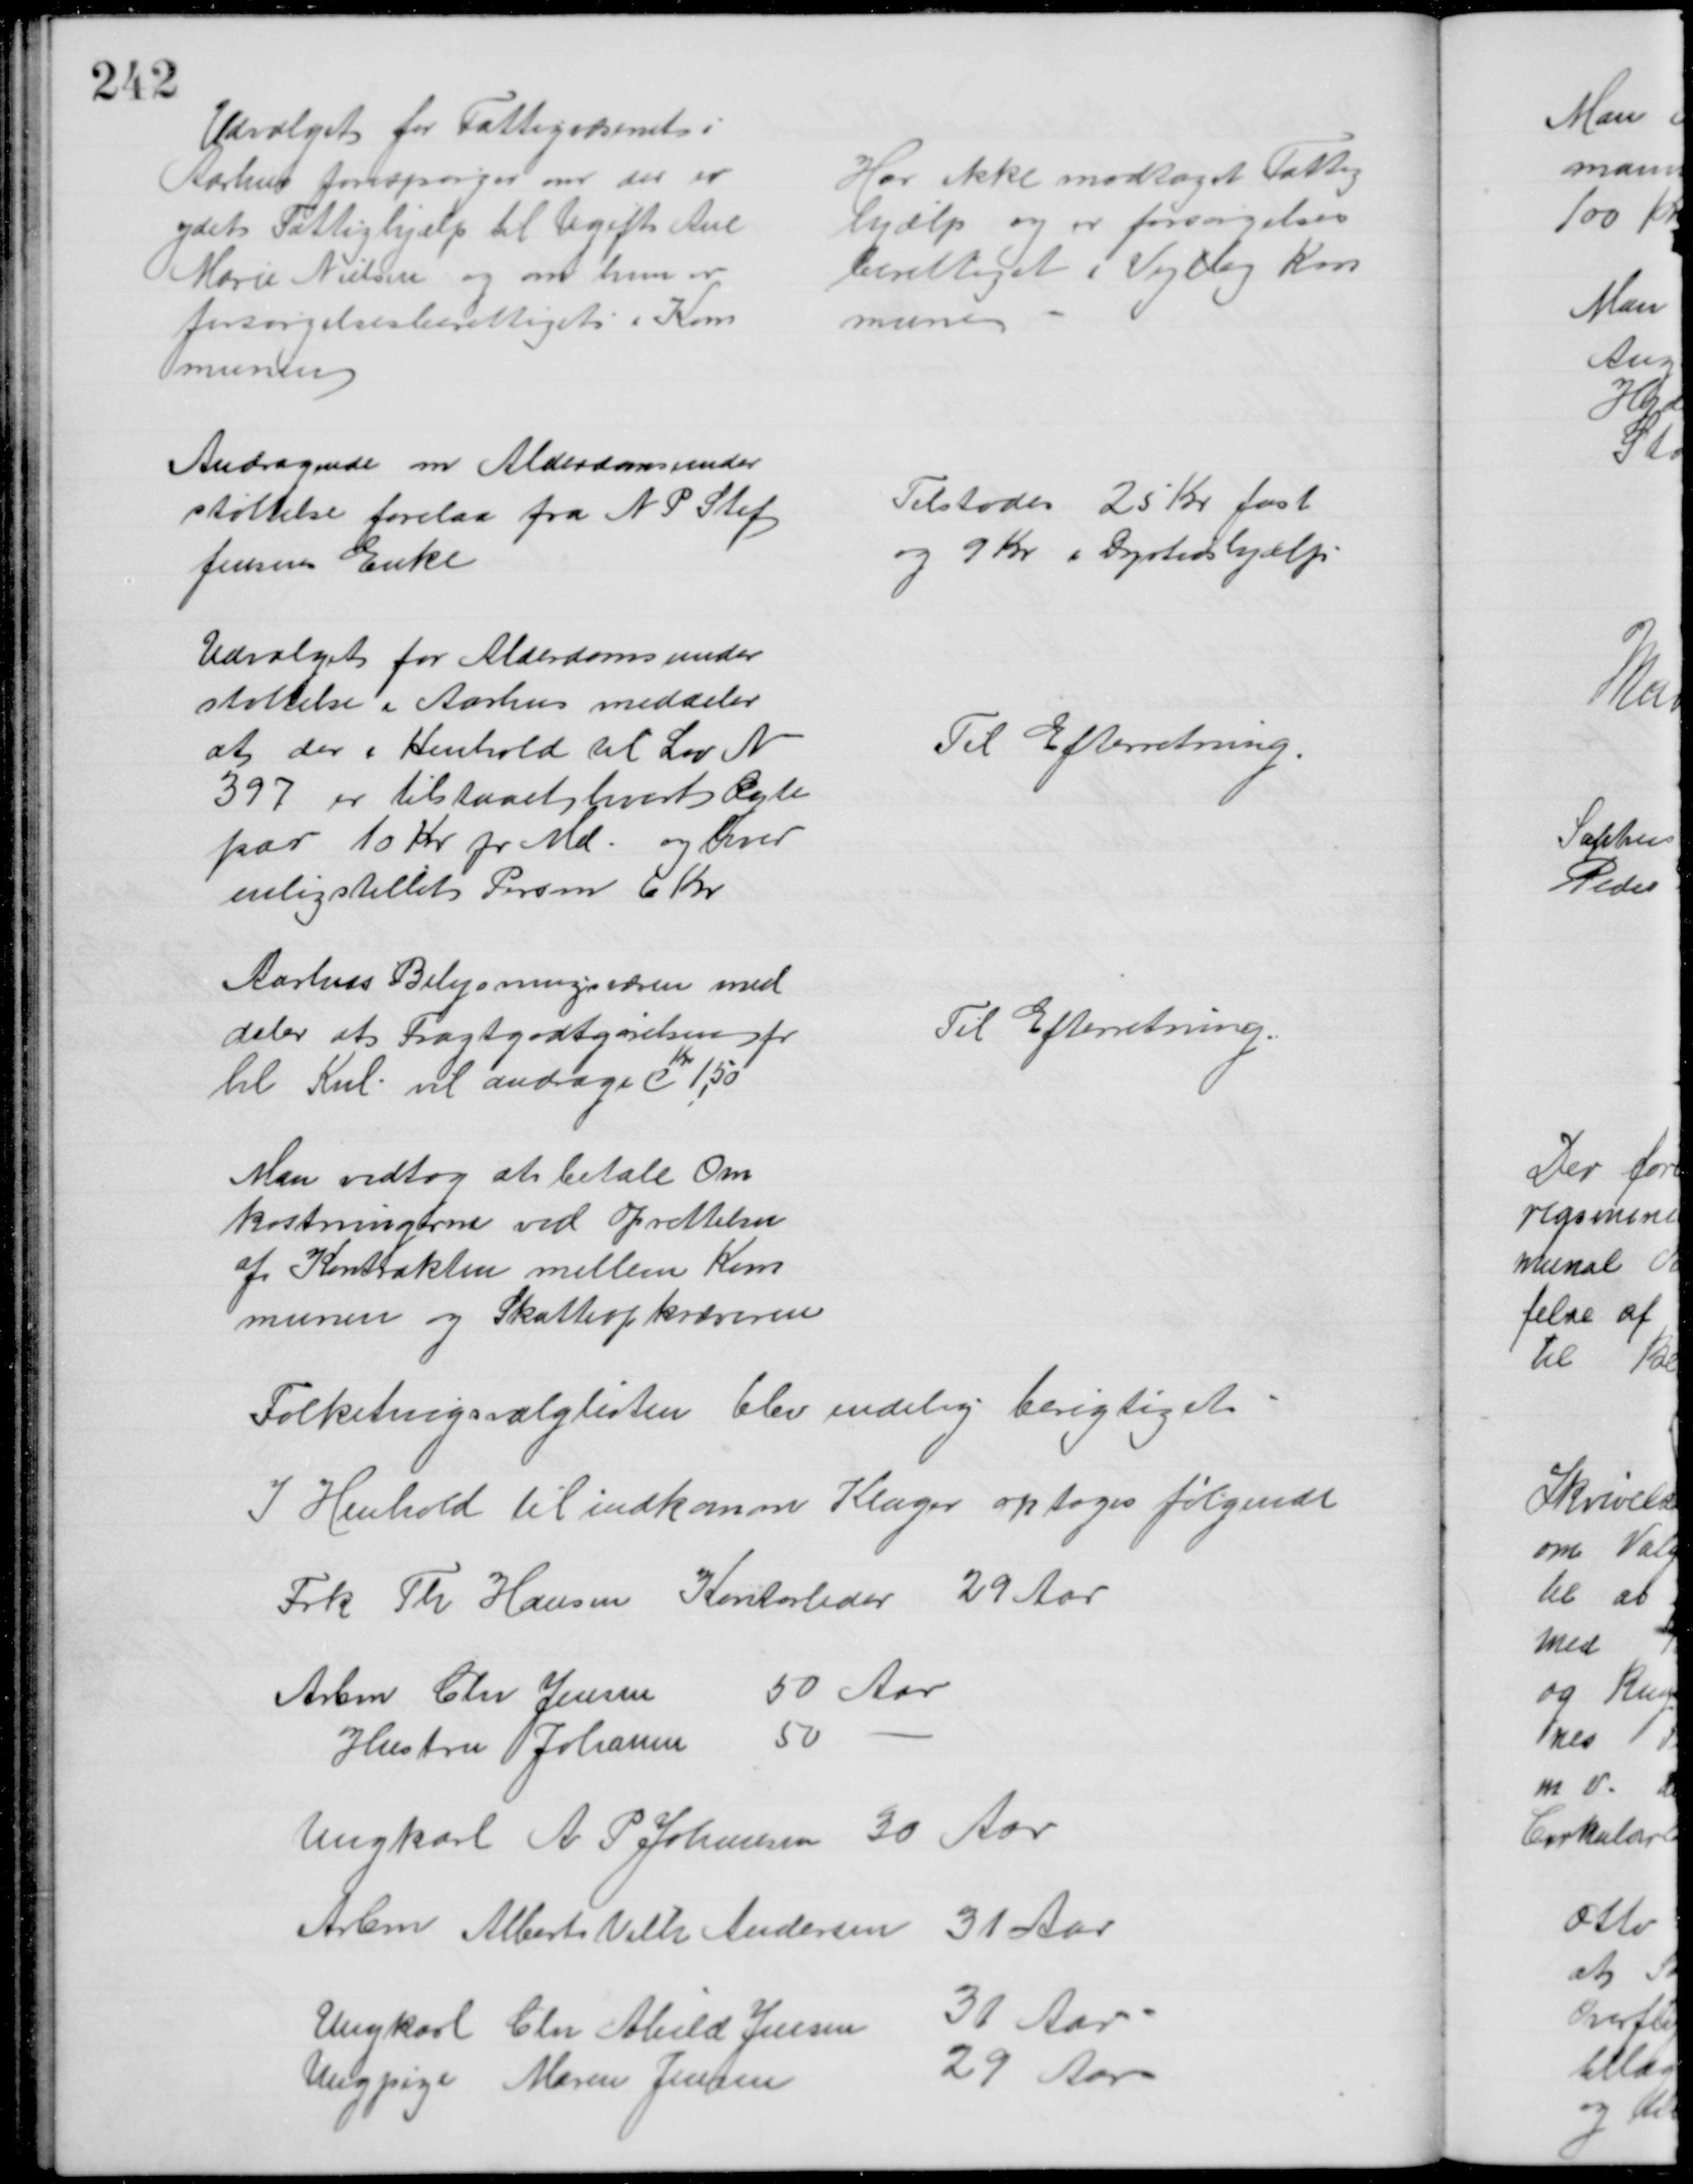
Transskription:
Udvalget for Fattigvæsenet i
Aarhus forespørger om der er
ydet Fattighjælp til Ugift Ane
Marie Nielsen og om hun er
forsørgelsesberettiget i Kom
munen
Har ikke modtaget Fattig
hjælp og er forsørgelses
berettiget i Vejlby Kom
mune
Andragende om Alderdomsunder
støttelse forelaa fra N P Stef
fensens Enke
Tilstodes 25 Kr fast
og 9 Kr i Dyrtidshjælp
Udvalget for Alderdomsunder
støttelse i Aarhus meddeler
at der i Henhold til Lov N 
397 er tilstaaet hvert Ægte
par 10 Kr pr Md. og hver
enligstillet Person 6 Kr
Til Efterretning
Aarhus Belysningsvæsen med
deler at Fragtgodtgørelsen pr
hl Kul vil andrage C 
Kr
1,50
Til Efterretning
Man vedtog at betale Om
kostningerne ved Oprettelsen
af Kontrakten mellem Kom
munen og Skatteopkræveren
Folketingsvalglisten blev endelig berigtiget
I Henhold til indkomme Klager optoges følgende
Frk Th Hansen Kontorleder 29 Aar
Arbm Chr Jensen 
50 Aar
Hustru Johanne 
50
Ungkarl A P Johansen 30 Aar
Arbm Albert Vilh Andersen 31 Aar
Ungkarl Chr Abild Jensen 31 Aar
Ungpige Maren Jensen
29 Aar